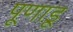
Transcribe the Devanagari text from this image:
पूणाडू